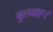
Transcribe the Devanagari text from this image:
बुलवाए।